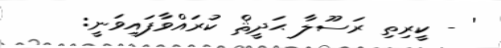
' - ކީރިތި ރަސޫލާ ޙަދީޘް ކުރައްވާފައިވަނީ: